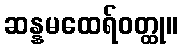
ဆန္နမထေရ်ဝတ္ထု။